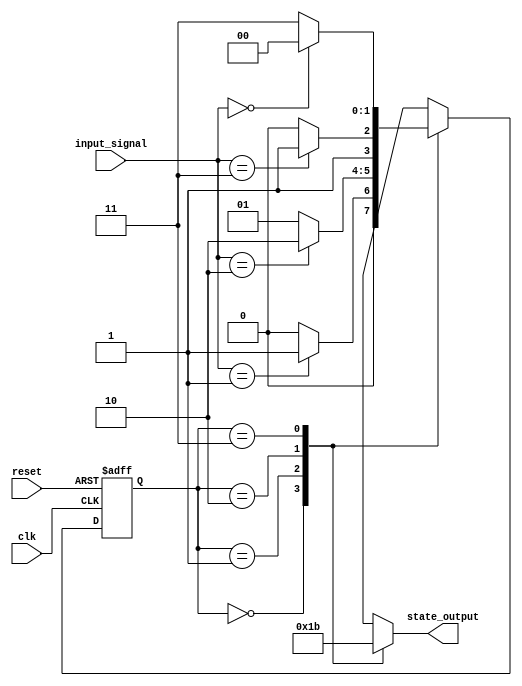
module default_state_initialization (
    input wire clk,            // Clock input
    input wire reset,          // Reset signal (active high)
    input wire [1:0] input_signal, // Input signals to transition states
    output reg [1:0] state_output // Output state
);

    // State variable declaration
    reg [1:0] current_state, next_state;

    // Parameter definitions for states
    parameter STATE_0 = 2'b00;
    parameter STATE_1 = 2'b01;
    parameter STATE_2 = 2'b10;
    parameter STATE_3 = 2'b11;

    // Asynchronous reset and state initialization
    always @(posedge clk or posedge reset) begin
        if (reset) begin
            // Initialize state variables to default values
            current_state <= STATE_0; // Default state
        end else begin
            // Update current state to the next state
            current_state <= next_state;
        end
    end

    // State transition logic based on current state and input signals
    always @(*) begin
        case (current_state)
            STATE_0: begin
                if (input_signal == 2'b01) begin
                    next_state = STATE_1;
                end else begin
                    next_state = STATE_0;
                end
            end
            STATE_1: begin
                if (input_signal == 2'b10) begin
                    next_state = STATE_2;
                end else begin
                    next_state = STATE_1;
                end
            end
            STATE_2: begin
                if (input_signal == 2'b11) begin
                    next_state = STATE_3;
                end else begin
                    next_state = STATE_2;
                end
            end
            STATE_3: begin
                if (input_signal == 2'b00) begin
                    next_state = STATE_0;
                end else begin
                    next_state = STATE_3;
                end
            end
            default: begin
                next_state = STATE_0; // Fallback to default state
            end
        endcase
    end

    // Output logic derived from current state
    always @(*) begin
        case (current_state)
            STATE_0: state_output = 2'b00;
            STATE_1: state_output = 2'b01;
            STATE_2: state_output = 2'b10;
            STATE_3: state_output = 2'b11;
            default: state_output = 2'bxx; // Undefined case
        endcase
    end

endmodule